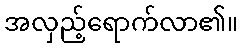
အလှည့်ရောက်လာ၏။